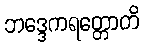
ဘဒ္ဒေကရတ္တောတိ